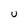
Character: U